Annual administration and progress report of the Indian Medical Department, Bombay
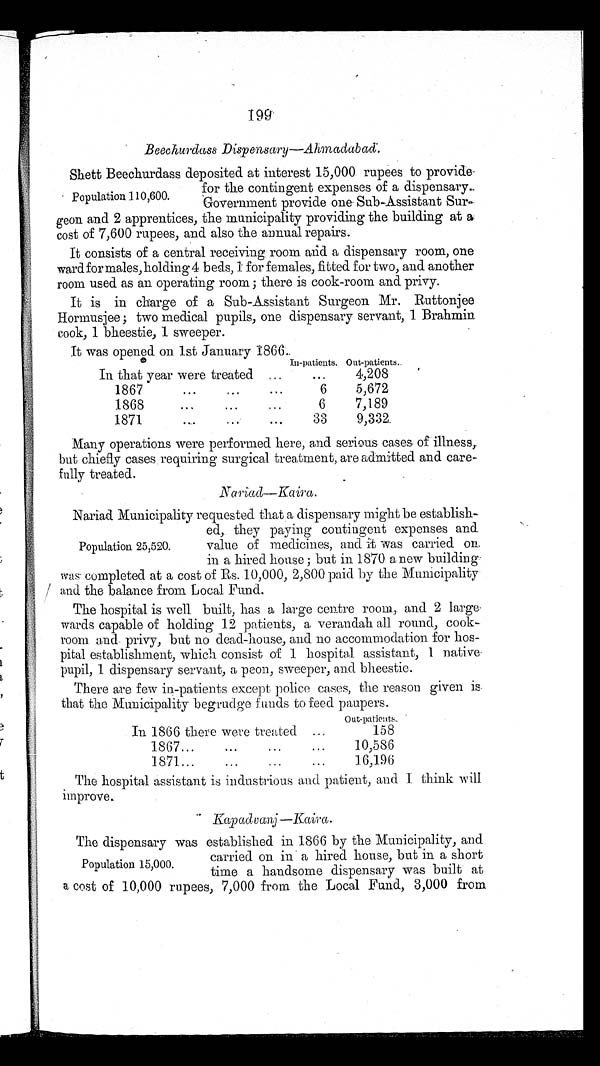
1 9 9
Beechurdass Dispensary—Ahmadabad.
Shett Beechurdass deposited at interest 15,000 rupees to provide.
Population 110,600.
for the contingent expenses of a dispensary.
Government provide one Sub-Assistant Sur-
geon and 2 apprentices, the municipality providing the building at a
cost of 7,600 rupees, and also the annual repairs.
It consists of a central receiving room and a dispensary room, one
ward for males, holding 4 beds, 1 for females, fitted for two, and another
room used as an operating room; there is cook-room and privy.
It is in charge of a Sub-Assistant Surgeon Mr. Ruttonjee
Hormusjee; two medical pupils, one dispensary servant, 1 Brahmin
cook, 1 bheestie, 1 sweeper.
It was opened on 1st January 1866.
In-patients. Out-patients.
In that year were treated
...
4,208
1867
.
6
5,672
1868
6
7,189
1871
33
9,332
Many operations were performed here, and serious cases of illness,
but chiefly cases . requiring surgical treatment, are admitted and care-
fully treated.
Naiad Municipality requested that a dispensary might be establish-
Population 25,520.
ed, they paying contingent expenses and
value of medicines, and it was carried on.
in a hired house; but in 1870 anew building
was completed at a cost of Rs. 10,000, 2,800 paid by the Municipality
and the balance from Local Fund.
The hospital is well built, has a large centre room, and 2 large
wards capable of holding 12 patients, a verandah all round, cook-
room and. privy, but no dead-house, and no accommodation for hos-
pital establishment, which consist of 1 hospital assistant, 1 native.
pupil, 1 dispensary servant, a peon, sweeper, and bheestie.
There are few in-patients except police cases, the reason given is.
that the Municipality. begrudge
funds to feed paupers.
O u t - p a t i e n t s .
In 1866 there were treated
158
1867
10,586
1871
16,196
The hospital assistant is industrious and patient, and I think will
improve.
Kapadvanj—Kaira.
The dispensary was established in 1866 by the Municipality, and
Population 15,000.
carried on in a hired house, but in a short
time a handsome dispensary was built at
a cost of 10,000 rupees, 7,000 from the Local Fund, 3,000 from